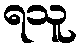
ရသူ